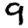
Digit: 9